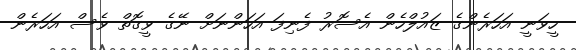
ހީވަނީ އަހަރެންގެ ޒައުލްހެން އެސޮރު ފެނިފަ އަހަންނަށް ނޭގެ ވީގޮތް ވެސް އަހަރެން